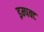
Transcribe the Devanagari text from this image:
इम्पक्ट